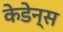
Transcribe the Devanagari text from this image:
केडेन्स